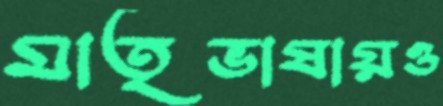
মাতৃভাষায়ও